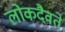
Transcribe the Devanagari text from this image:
लोकदैवते